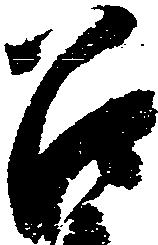
召